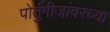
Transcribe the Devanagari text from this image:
पोर्तुगीजांवरच्या